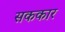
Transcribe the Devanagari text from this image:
सककार